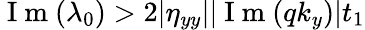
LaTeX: \mathrm{~I~m~}(\lambda_{0})>2|\eta_{yy}||\mathrm{~I~m~}(qk_{y})|t_{1}